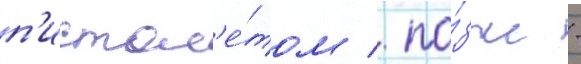
п'истол'е́том / по́зже -